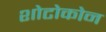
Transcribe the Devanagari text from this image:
शोटोकोन